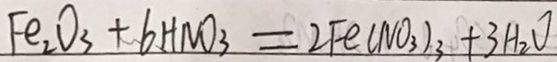
F e _ { 2 } O _ { 3 } + 6 H N O _ { 3 } = 2 F e ( N O _ { 3 } ) _ { 3 } + 3 H _ { 2 } O